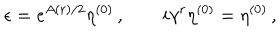
\epsilon = e ^ { A ( r ) / 2 } \eta ^ { ( 0 ) } \, , \quad \quad i \gamma ^ { r } \eta ^ { ( 0 ) } = \eta ^ { ( 0 ) } \, ,